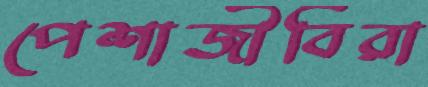
পেশাজীবিরা